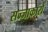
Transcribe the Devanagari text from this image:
सज्जाकारों